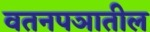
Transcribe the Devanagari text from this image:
वतनपञातील